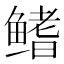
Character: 鳍